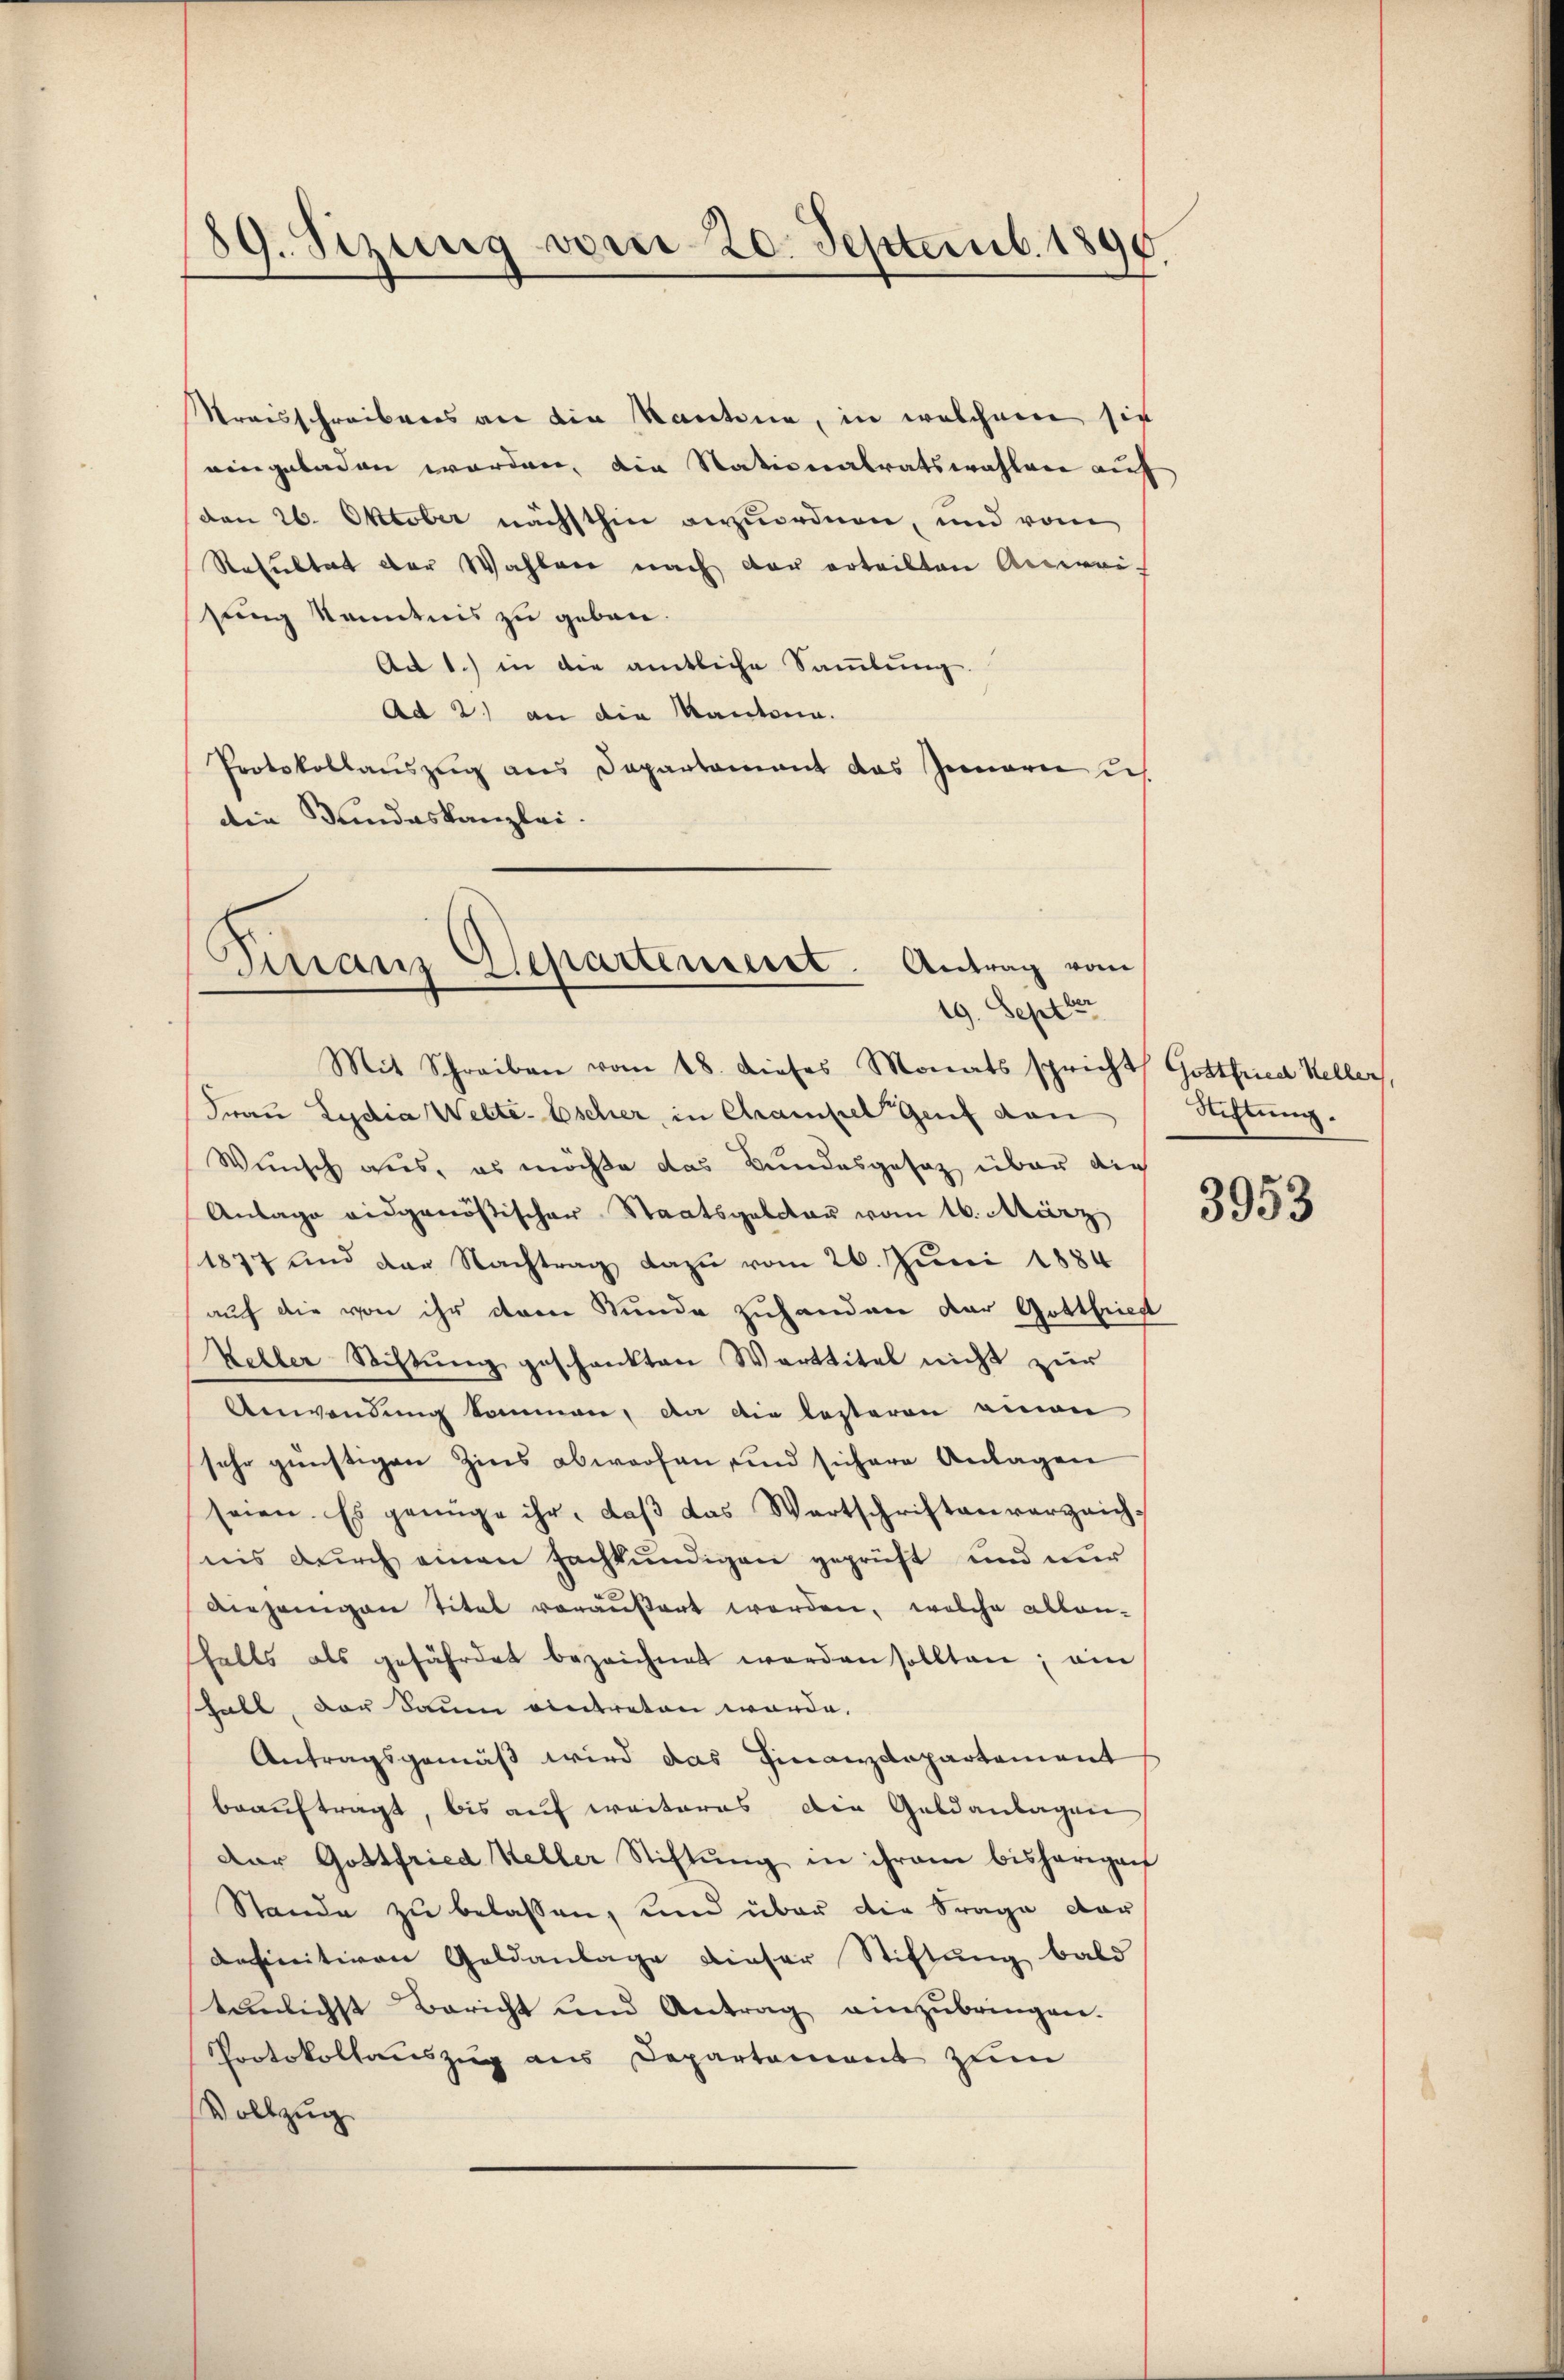
Streisschreibens an die Kantone, in welchem sie
eingeladen worden, die Nationalratswahlene auf
den 26. Oktober nächsthin anzuordnen, und vom
Resultat der Wahlen nach der erteilten Anwei-
sung kanntnis zu geben.
Ad 1.) in die amtliche Sammlung.
Ad 2.) an die Kantona.
Protokollauszug aus Departement das Innern is
die Bundeskanzlei.

89. Sizung vom 20. Septemb. 1890.

Mit Schreiben vom 18. dieses Monats spricht Gottfried Heller,
Frau Lydia Welte. Escher, in Chrampel Genf dan
Wunsch aus, es möchte das Bundesgesetz über die
Anlage eidgenößischer Staatspolitar vom 16. März
1877 und der Nachtrag dazu vom 26. Juni 1884
auf die von ihr dem Stunde zuhanden der Gottfried
Keller Stiftung geschenkten Warttitel nicht zur
Anwendung kommen, an die besteren einen
sehr günstigen Zins abwerfen und sichere Anlagen
seien. Es genüge ihr, daβ das Wartschriften verzeichnis durch einen Fachkundigen geprüft und nur
Diejenigen Titel veräußert werden, welche allen-
sfalls als gefährdet bezeichnet werden sollten; ein
shalt, der Saum eintreten würde.
Antragsgemäß wird das Finanzdepartement
beauftragt, bis auf weiteres die Geldanlagen
Dar Gottfried Keller Stiftŭng in ihrem bisherigen
Stande zu belassen, und über die Frage dar
definitiven Geldanlage dieser Stiftung bald
tunlichst Bericht und Antrag einzubringen.
Protokollauszug aus Departement zum
Vollzug

Finanz Departenweist. Antrag vom
19. Septber

Richtung.

3953